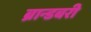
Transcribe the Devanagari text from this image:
ब्रान्डबरी